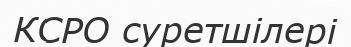
КСРО суретшілері